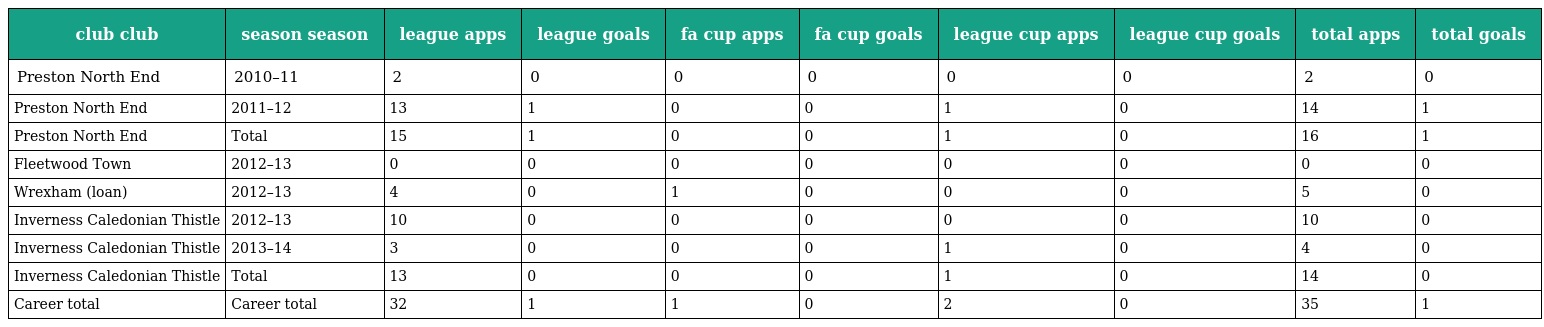
| club club | season season | league apps | league goals | fa cup apps | fa cup goals | league cup apps | league cup goals | total apps | total goals |
 | --- | --- | --- | --- | --- | --- | --- | --- | --- | --- |
 | Preston North End | 2010–11 | 2 | 0 | 0 | 0 | 0 | 0 | 2 | 0 |
 | Preston North End | 2011–12 | 13 | 1 | 0 | 0 | 1 | 0 | 14 | 1 |
 | Preston North End | Total | 15 | 1 | 0 | 0 | 1 | 0 | 16 | 1 |
 | Fleetwood Town | 2012–13 | 0 | 0 | 0 | 0 | 0 | 0 | 0 | 0 |
 | Wrexham (loan) | 2012–13 | 4 | 0 | 1 | 0 | 0 | 0 | 5 | 0 |
 | Inverness Caledonian Thistle | 2012–13 | 10 | 0 | 0 | 0 | 0 | 0 | 10 | 0 |
 | Inverness Caledonian Thistle | 2013–14 | 3 | 0 | 0 | 0 | 1 | 0 | 4 | 0 |
 | Inverness Caledonian Thistle | Total | 13 | 0 | 0 | 0 | 1 | 0 | 14 | 0 |
 | Career total | Career total | 32 | 1 | 1 | 0 | 2 | 0 | 35 | 1 |